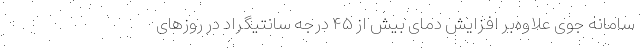
سامانه جوی علاوه‌بر افزایش دمای بیش از ۴۵ درجه سانتیگراد در روزهای